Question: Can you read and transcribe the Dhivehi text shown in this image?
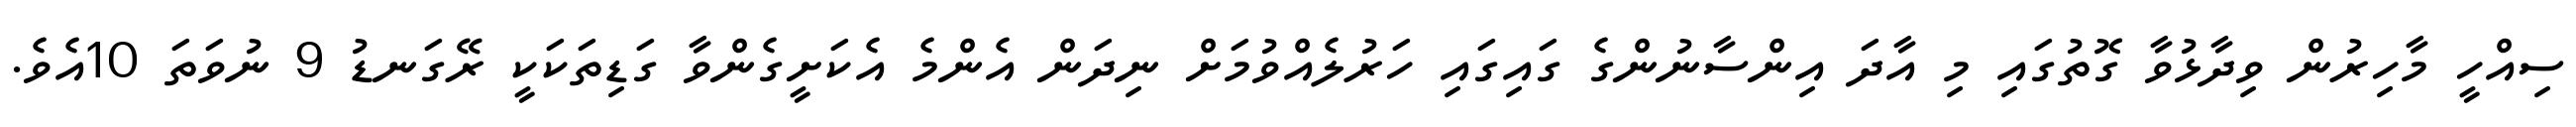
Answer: ސިއްހީ މާހިރުން ވިދާޅުވާ ގޮތުގައި މި އާދަ އިންސާނުންގެ ގައިގައި ހަރުލެއްވުމަށް ނިދަން އެންމެ އެކަށީގެންވާ ގަޑިތަކަކީ ރޭގަނޑު 9 ނުވަތަ 10އެވެ.